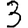
Digit: 3